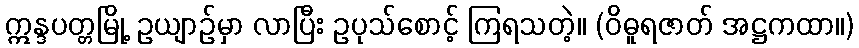
ဣန္ဒပတ္တမြို့ ဥယျာဉ်မှာ လာပြီး ဥပုသ်စောင့် ကြရသတဲ့။ (ဝိဓူရဇာတ် အဋ္ဌကထာ။)